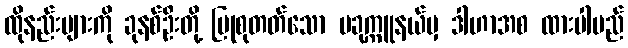
ထိုနည်းများကို ခုနစ်ဦးတို့ ပြုစုတတ်သော ပခုက္ကူနယ်မှ ဒါဟာအစ ထားပါမည်